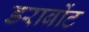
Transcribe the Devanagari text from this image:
डराबोंट